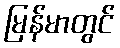
မြန်မာတွင်